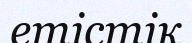
етістік